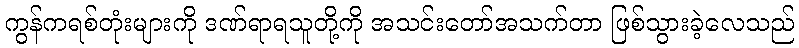
ကွန်ကရစ်တုံးများကို ဒဏ်ရာရသူတို့ကို အသင်းတော်အသက်တာ ဖြစ်သွားခဲ့လေသည်